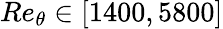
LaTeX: Re_{\theta}\in[1400,5800]